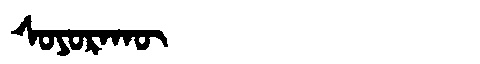
Manchu: ᠰᠣᠶᠣᡵᠠᡴᡡ
Romanization: SOYORAKŪ